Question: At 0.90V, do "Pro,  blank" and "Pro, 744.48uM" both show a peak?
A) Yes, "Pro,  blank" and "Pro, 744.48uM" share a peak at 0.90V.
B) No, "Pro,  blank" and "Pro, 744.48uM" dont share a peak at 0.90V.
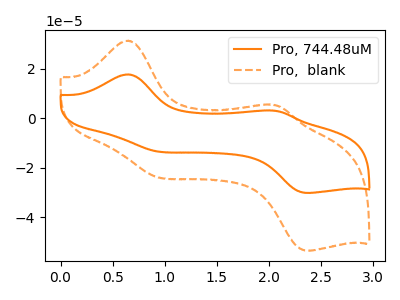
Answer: <think>The orange curve "Pro, 744.48uM" has anodic peaks at (0.65V, 17.65uA) (2.00V, 3.10uA) and cathodic peaks at (0.90V, -13.20uA) (2.40V, -30.15uA). The orange dashed curve "Pro,  blank" has anodic peaks at (0.65V, 31.25uA) (2.00V, 5.50uA) and cathodic peaks at (0.90V, -23.45uA) (2.40V, -53.40uA).</think>
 <answer>A) Yes, "Pro,  blank" and "Pro, 744.48uM" share a peak at 0.90V.</answer>
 <eval>A</eval>